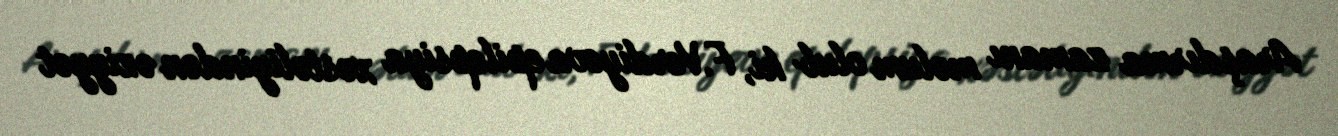
Araşdırma zamanı məlum olub ki, F.Verdiyeva epilepsiya xəstəliyindən əziyyət